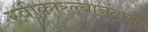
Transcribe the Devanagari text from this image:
स्वीकारल्यानंतरही